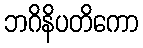
ဘဂိနိပတိကော